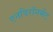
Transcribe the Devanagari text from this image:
एनविरॉनमेंट